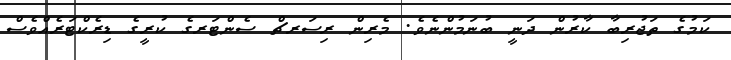
ކަމުގެ ތަޖުރިބާ ކާރުން ދަނީ ބުނަމުންނެވެ. މެރިން ރިސަރޗް ސެންޓަރގެ ކުރީގެ ޑިރެކްޓަރެއްވެސް